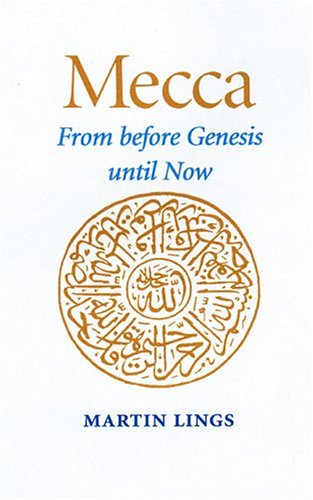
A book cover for Mecca: From Before Genesis Until Now; Martin Lings; Religion & Spirituality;